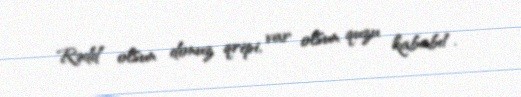
Rədd olsun donuz qripi, var olsun quzu kababı!.